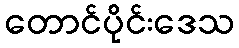
တောင်ပိုင်းဒေသ